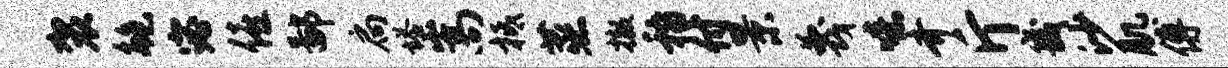
袈鲍宓僖鄙扃塔嵩柢蒸撤稽付景蔑噫齐斤畿沙肌傅